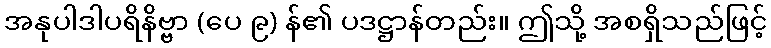
အနုပါဒါပရိနိဗ္ဗာ (ပေ ၉) န်၏ ပဒဋ္ဌာန်တည်း။ ဤသို့ အစရှိသည်ဖြင့်